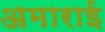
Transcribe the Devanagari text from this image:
अमाराई